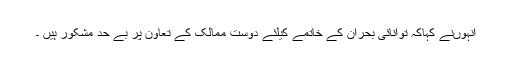
انہوںنے کہاکہ توانائی بحران کے خاتمے کیلئے دوست ممالک کے تعاون پر بے حد مشکور ہیں ۔